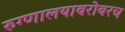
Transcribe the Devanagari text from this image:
रुग्णालयाबरोबरच